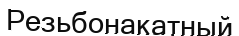
Резьбонакатный